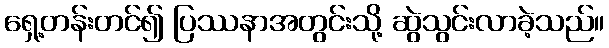
ရှေ့တန်းတင်၍ ပြဿနာအတွင်းသို့ ဆွဲသွင်းလာခဲ့သည်။